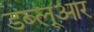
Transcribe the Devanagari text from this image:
डब्लूआर